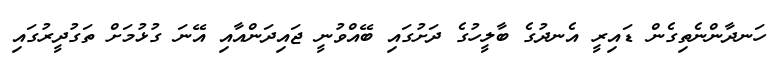
ހަނދާންނެތިގެން ޑައިރީ އެނދުގެ ބާލީހުގެ ދަށުގައި ބޭއްވުނީ ޖައިދަންއާއި އޭނަ ގުޅުމަށް ތަގުދީރުގައި